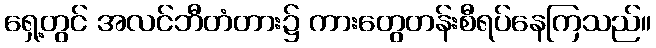
ရှေ့တွင် အလင်ဘီတံတား၌ ကားတွေတန်းစီရပ်နေကြသည်။